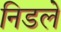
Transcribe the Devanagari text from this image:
निडले